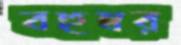
বহুস্বর